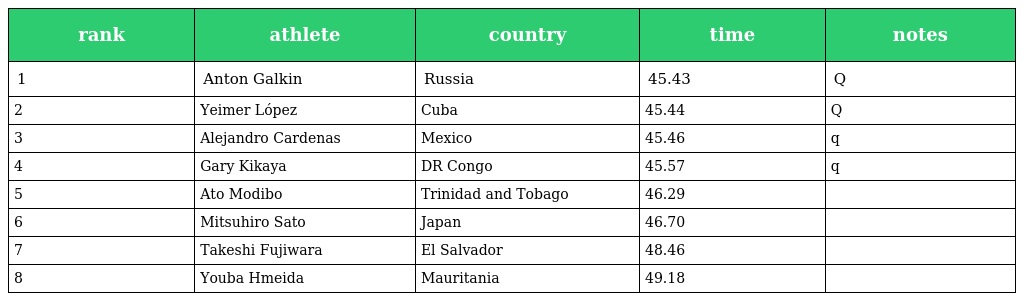
| rank | athlete | country | time | notes |
 | --- | --- | --- | --- | --- |
 | 1 | Anton Galkin | Russia | 45.43 | Q |
 | 2 | Yeimer López | Cuba | 45.44 | Q |
 | 3 | Alejandro Cardenas | Mexico | 45.46 | q |
 | 4 | Gary Kikaya | DR Congo | 45.57 | q |
 | 5 | Ato Modibo | Trinidad and Tobago | 46.29 |  |
 | 6 | Mitsuhiro Sato | Japan | 46.70 |  |
 | 7 | Takeshi Fujiwara | El Salvador | 48.46 |  |
 | 8 | Youba Hmeida | Mauritania | 49.18 |  |